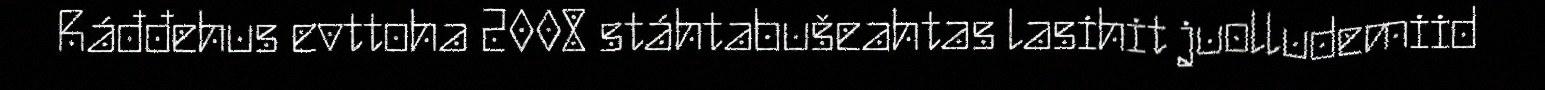
Ráđđehus evttoha 2008 stáhtabušeahtas lasihit juolludemiid